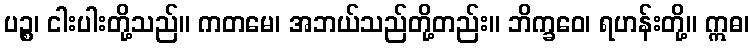
ပဉ္စ၊ ငါးပါးတို့သည်။ ကတမေ၊ အဘယ်သည်တို့တည်း။ ဘိက္ခဝေ၊ ရဟန်းတို့။ ဣဓ၊